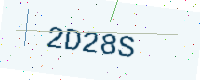
Text: 2D28S